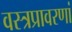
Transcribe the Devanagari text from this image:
वस्त्रप्रावरणां